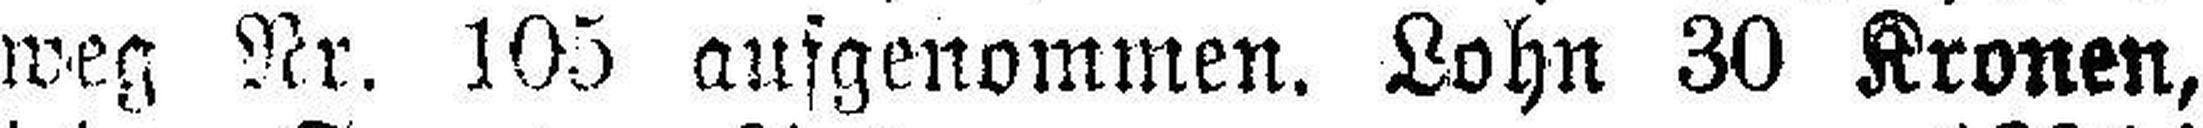
weg Nr. 105 ausgenommen. Lohn 30 Kronen,